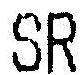
SR